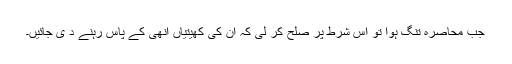
جب محاصرہ تنگ ہوا تو اس شرط پر صلح کر لی کہ ان کی کھیتیاں انھی کے پاس رہنے د ی جائیں۔